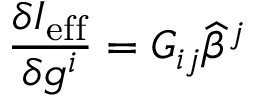
\frac { \delta I _ { \mathrm { e f f } } } { \delta g ^ { i } } = { \cal G } _ { i j } { \widehat \beta } ^ { j }